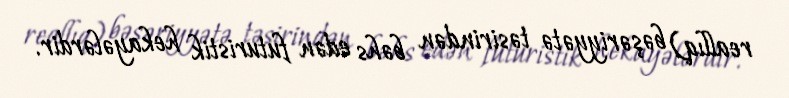
reallıq) bəşəriyyətə təsirindən bəhs edən futuristik hekayələrdir.